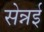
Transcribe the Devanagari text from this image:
सेन्नई